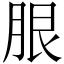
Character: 𦚣